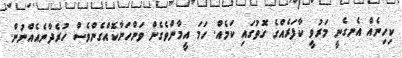
ކިހިނެއް އެނގެނީ މަރުވީ ކާފަރެއްގެ ގޮތުގައި ކަމެއް. ހަމަ އީމާންވެގެން ވަންހަނާކޮއްގެންވެސް ހުރެދާނެއެއްނުން.